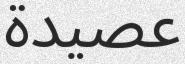
عصيدة